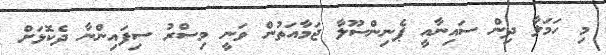
މި ހަމަލާ ދިން ސައިނާއީ ޕެނިންސޫލާ ޖަމާއަތުން ވަނީ މިސްރު ސިފައިންނާ ދެކޮޅަށް